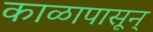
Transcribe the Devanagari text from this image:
काळापासून्